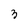
Character: 3